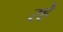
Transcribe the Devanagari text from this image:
रहेे